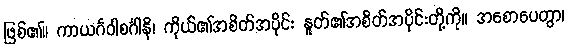
ဖြစ်၏။ ကာယင်္ဂဝါစင်္ဂါနိ၊ ကိုယ်၏အစိတ်အပိုင်း နှုတ်၏အစိတ်အပိုင်းတို့ကို။ အစောပေတွာ၊